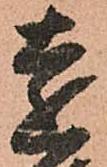
遠